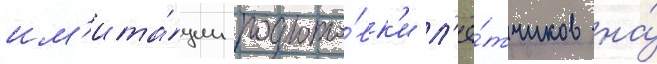
им'ита́ции подгото́вк'и л'ё́тчиков на́